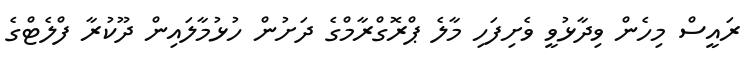
ރައީސް މިހެން ވިދާޅުވީ ވެށިފަހި މާލެ ޕްރޮގްރާމްގެ ދަށުން ހުޅުމާލައިން ދޫކުރާ ފްލެޓްގެ